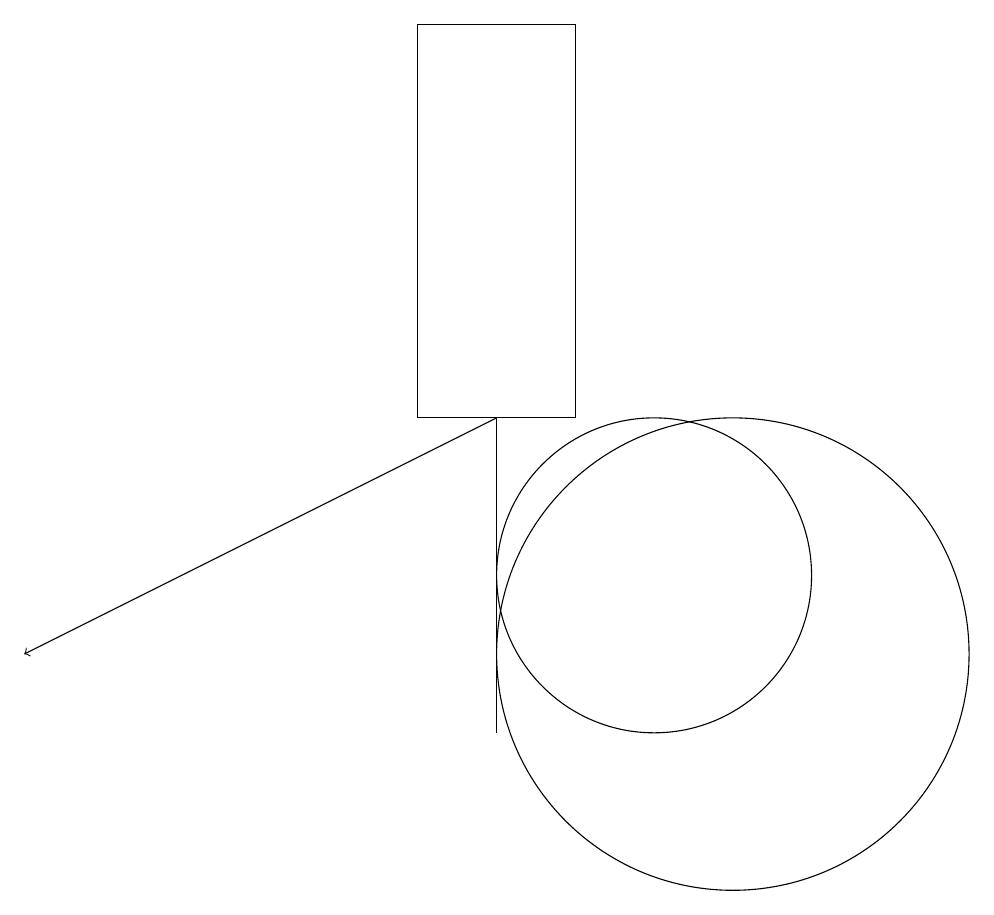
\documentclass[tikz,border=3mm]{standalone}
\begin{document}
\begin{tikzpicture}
\draw (11,11) circle (3);
\draw (8,14) rectangle (8,10);
\draw (10,12) circle (2);
\draw (9,19) rectangle (7,14);
\draw (12,10) circle (0);
\draw[->] (8,14) -- (2,11);
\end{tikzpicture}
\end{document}